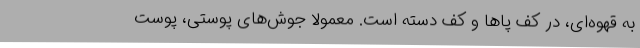
به قهوه‌ای، در کف پاها و کف دسته است. معمولاً جوش‌های پوستی، پوست